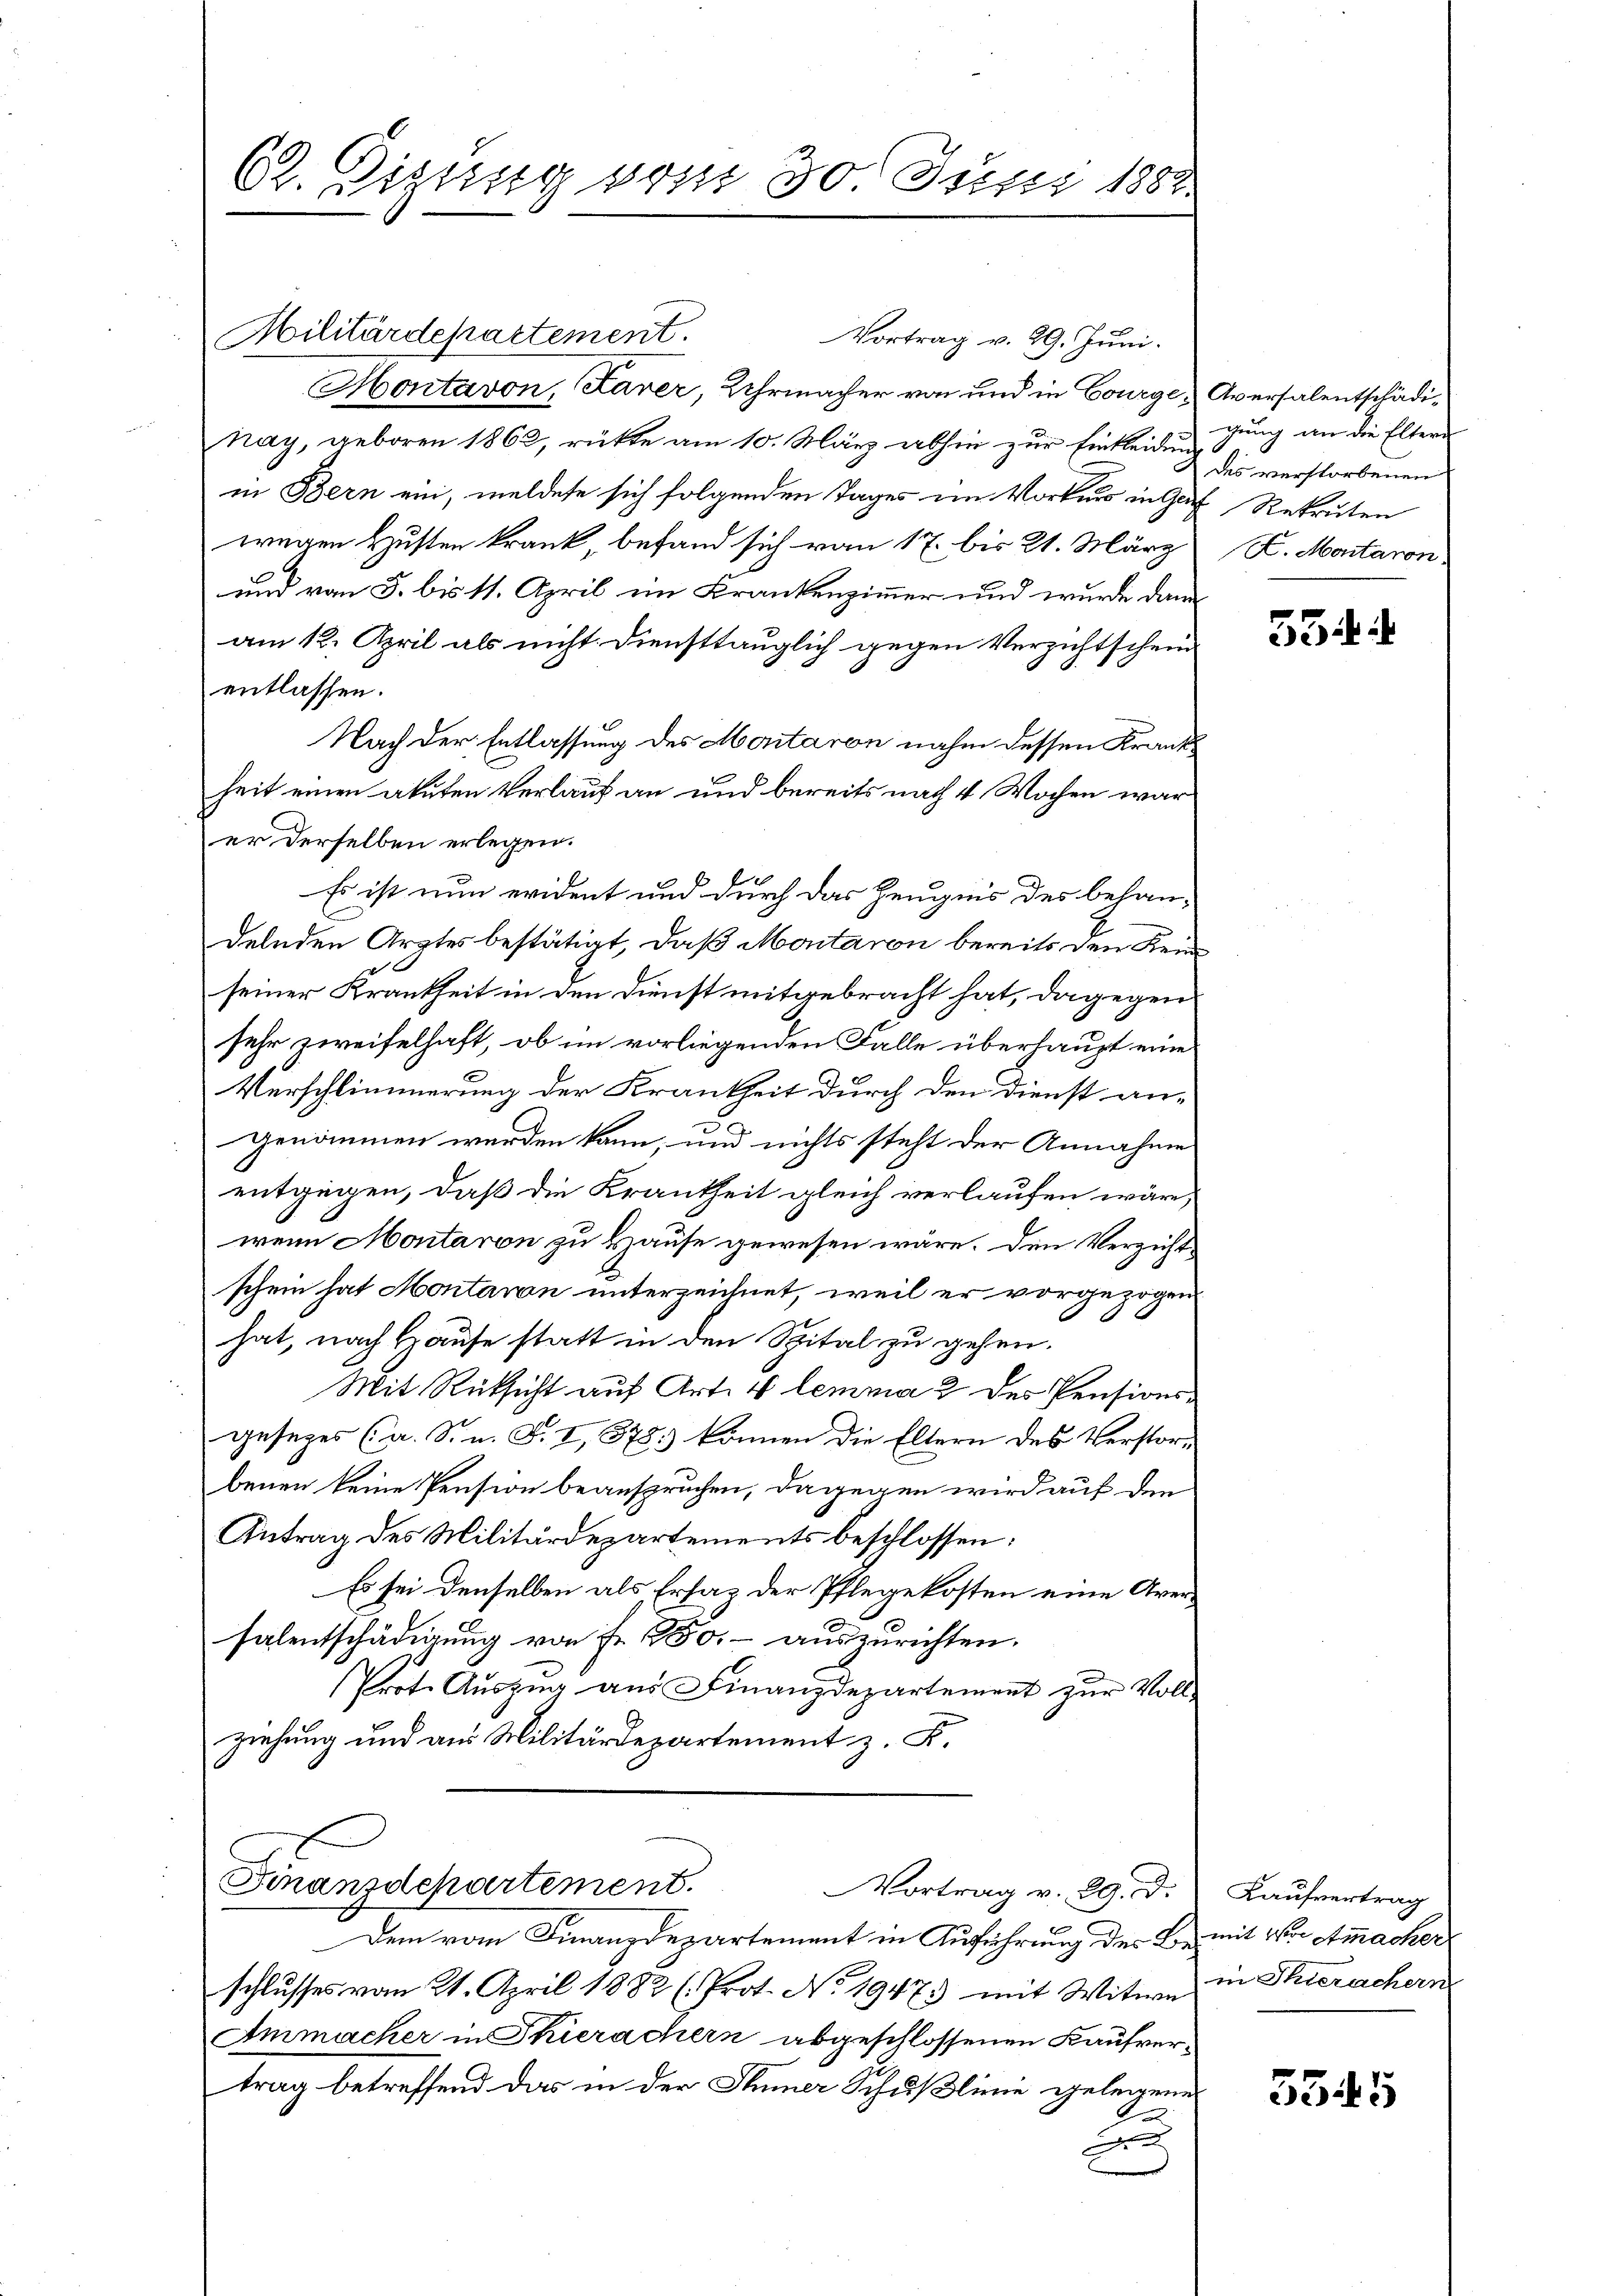
62. Digung vom 30. Juni 1888

Vortrag v. 29. Juni.
Montavon, Saver, Uhrmacher von und in Courge, Aversalentschädinay, geboren 1862, rückte am 10. März abhin zur Einkleidengung an die Eltern
in Bern ein, meldete sich folgenden Tages im Vorkurs in Gut Rekruten
wegen Husten krank, befand sich vom 17. bis 21. März
und von 3. bis 11. April im Krankenzimmer und wurde dann
am 12. April als nicht Diensttauglich gegen Verzichtschein
entlassen.
Nach der Entlassung des Montaron nahm dessen Krank
heit einen akuten Verlauf an und bereits nach 4 Wochen war
er derselben erlegen.
Es ist nun evident und durch das Zeugnis des behandelnden Arztes bestätigt, daß Montaron bereits den Kenn
seiner Krankheit in den Dienst mitgebracht hat, dagegen
sehr zweifelhaft, ob im vorliegenden Falle überhaupt eine
Verschlimmerung der Krankheit durch den Dienst an-
genommen werden kann, und nichts steht der Annahme
entgegen, daß die Krankheit gleich verlaufen wäre,
wenn Montaren zu Hause gewesen wäre. Den Verzichtschein hat Montain unterzeichnet, weil er vorgezogen
hat, nach Hause statt in den Spital zu gehen.
Mit Rücksicht auf Art. 4 lemma 2 des Pensionsgesezes (a. S. n. F. I, 378.) können die Eltern des Verstorbenen keine Pension beanspruchen, dagegen wird auf den
Antrag des Militärdepartements beschlossen:
Es sei denselben als Ersatz der Pflegekosten eine Averfalentschädigung von Fr. 150.- auszurichten.
Prote Aŭszŭg aŭs Finanzdepartement zŭr Voll-
ziehung und aus Militärdepartement z. F.

Militärdepartement.

Dem vom Finanzdepartement in Auführung der Bemit der Atmacher
schlusses vom 21. April 1882 (Prot. No. 1947 mit Witwe
Ammacher in Thierachern abgeschlossenen Kaufvertrag betreffend das in der Sinner Schußlinie gelegene
2

Finanzdepartement.
Vortrag v. 29. d.

des verstorbenen
K. Maitaron

55.

Kaufvertrag
in Thierachern

3545